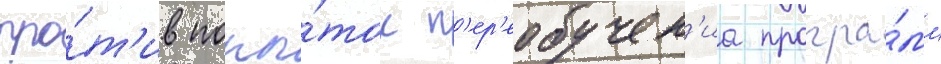
про́т'ив попы́ток п'ер'еобучен'иа програ́мм